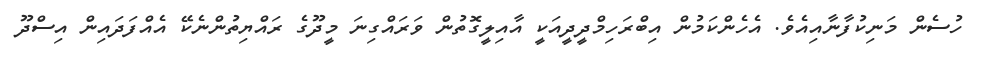
ހުސެން މަނިކުފާނާއިއެވެ. އެހެންކަމުން އިބްރަހިމްދީދީއަކީ އާއިލީގޮތުން ވަރައްގިނަ މީދޫގެ ރައްޔިތުންނެކޭ އެއްފަދައިން އިސްދޫ